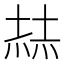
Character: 𡎓